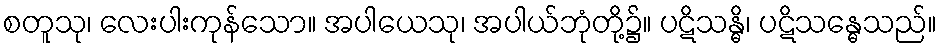
စတူသု၊ လေးပါးကုန်သော။ အပါယေသု၊ အပါယ်ဘုံတို့၌။ ပဋိသန္ဓိ၊ ပဋိသန္ဓေသည်။